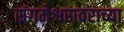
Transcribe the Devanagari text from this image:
संगमेश्वरावराच्या